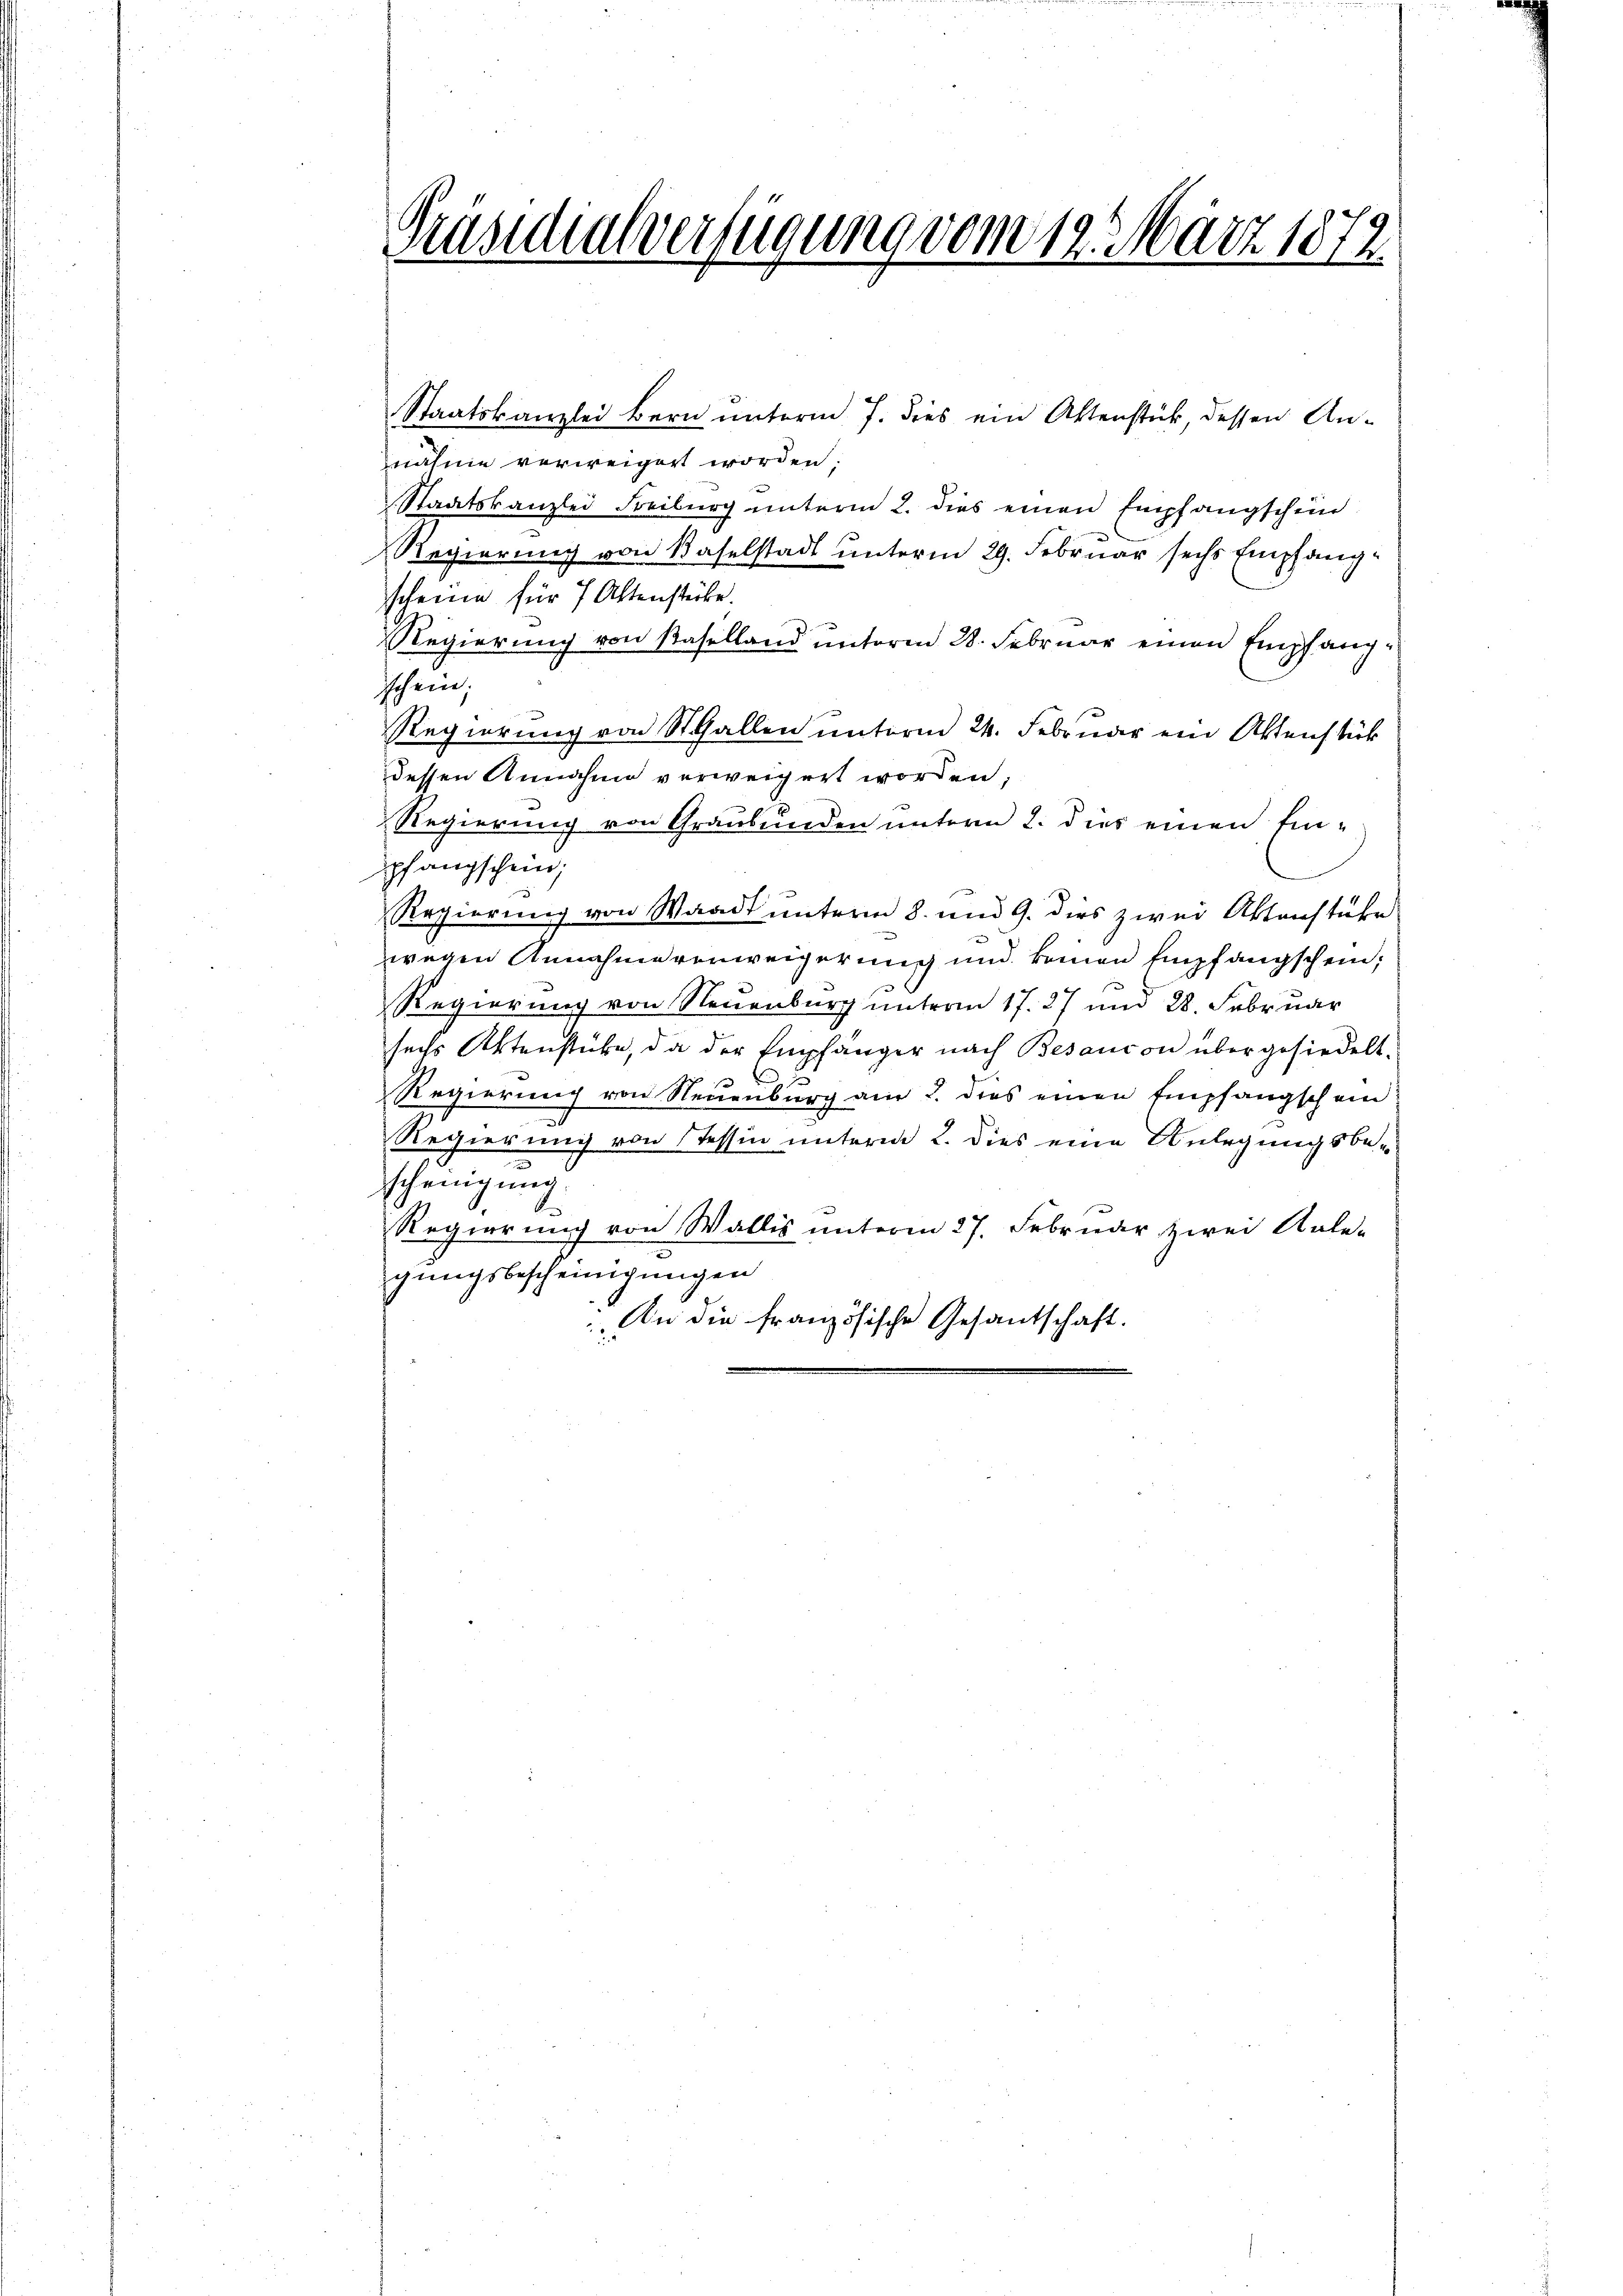
Präsidialverfügung vom 12. Mart. 1872.

Staatskanzlei Bern unterm 7. dies ein Aktenstück dessen Annahme verweigert worden.
Staatskanzlei Freiburg unterm 2. dies einen Empfangschein
Regierung von Baselstadt unterm 29. Februar sechs Empfangscheine für 7 Aktenstücke.
Regierung von Baselland unterm 28. Februar einen Empfangschein.
Regierung von St. Gallen unterm 24. Februar ein Aktenstück
dessen Annahme verweigert worden,
Regierung von Graubünden unterm 2. dies einen Ein-
pfangschein;
Regierung von Waadt unterm 8. und 9. dies zwei Aktenstüke
wegen Annahmeverweigerung und keinen Empfangschein;
Regierung von Neuenburg unterm 17. 27 um 28. Februar
sechs Aktenstücke, da der Empfänger nach Besaucon über gesiedelt.
Regierung von Neuenburg am 2. dies einen Empfangschein
Regierung von Tessin unterm 2. dies eine Anlegungsbescheinigung
Regierung von Wallis unterm 27. Februar zwei Anlegungsbescheinigungen
. An die französische Gesantschaft.